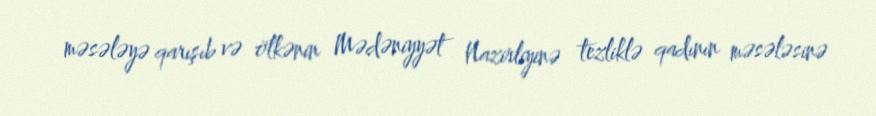
məsələyə qarışıb və ölkənin Mədəniyyət Nazirliyinə tezliklə qadının məsələsinə